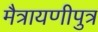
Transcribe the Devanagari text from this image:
मैत्रायणीपुत्र